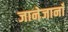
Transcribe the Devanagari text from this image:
जानेजानाँ